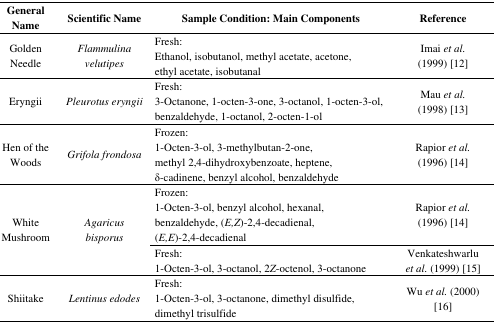
<table><thead><tr><td><b>General Name</b></td><td><b>Scientific Name</b></td><td><b>Sample Condition: Main Components</b></td><td><b>Reference</b></td></tr></thead><tbody><tr><td>Golden Needle</td><td><i>Flammulina velutipes</i></td><td>Fresh:Ethanol, isobutanol, methyl acetate, acetone, ethyl acetate, isobutanal</td><td>Imai <i>et al.</i> (1999) [12]</td></tr><tr><td>Eryngii</td><td><i>Pleurotus eryngii</i></td><td>Fresh:3-Octanone, 1-octen-3-one, 3-octanol, 1-octen-3-ol, benzaldehyde, 1-octanol, 2-octen-1-ol</td><td>Mau <i>et al.</i> (1998) [13]</td></tr><tr><td>Hen of the Woods</td><td><i>Grifola frondosa</i></td><td>Frozen:1-Octen-3-ol, 3-methylbutan-2-one, methyl 2,4-dihydroxybenzoate, heptene, δ-cadinene, benzyl alcohol, benzaldehyde</td><td>Rapior <i>et al.</i> (1996) [14]</td></tr><tr><td rowspan="2">White Mushroom</td><td rowspan="2"><i>Agaricus bisporus</i></td><td>Frozen:1-Octen-3-ol, benzyl alcohol, hexanal, benzaldehyde, (<i>E,Z</i>)-2,4-decadienal, (<i>E,E</i>)-2,4-decadienal</td><td>Rapior <i>et al.</i> (1996) [14]</td></tr><tr><td>Fresh:1-Octen-3-ol, 3-octanol, 2<i>Z</i>-octenol, 3-octanone</td><td>Venkateshwarlu <i>et al.</i> (1999) [15]</td></tr><tr><td>Shiitake</td><td><i>Lentinus edodes</i></td><td>Fresh:1-Octen-3-ol, 3-octanone, dimethyl disulfide, dimethyl trisulfide</td><td>Wu <i>et al.</i> (2000) [16]</td></tr></tbody></table>